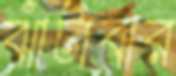
ঝাঁটাবার